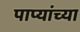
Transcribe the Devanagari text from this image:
पाप्यांच्या